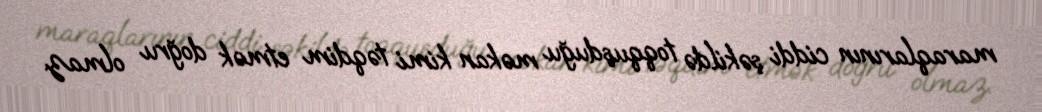
maraqlarının ciddi şəkildə toqquşduğu məkan kimi təqdim etmək doğru olmaz.